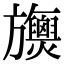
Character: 𣄪